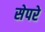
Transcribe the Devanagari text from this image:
सेपरे